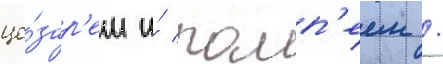
це́зар'ем и́ помп'еем /